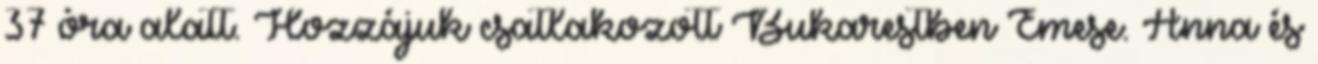
37 óra alatt. Hozzájuk csatlakozott Bukarestben Emese. Anna és